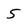
Character: 5